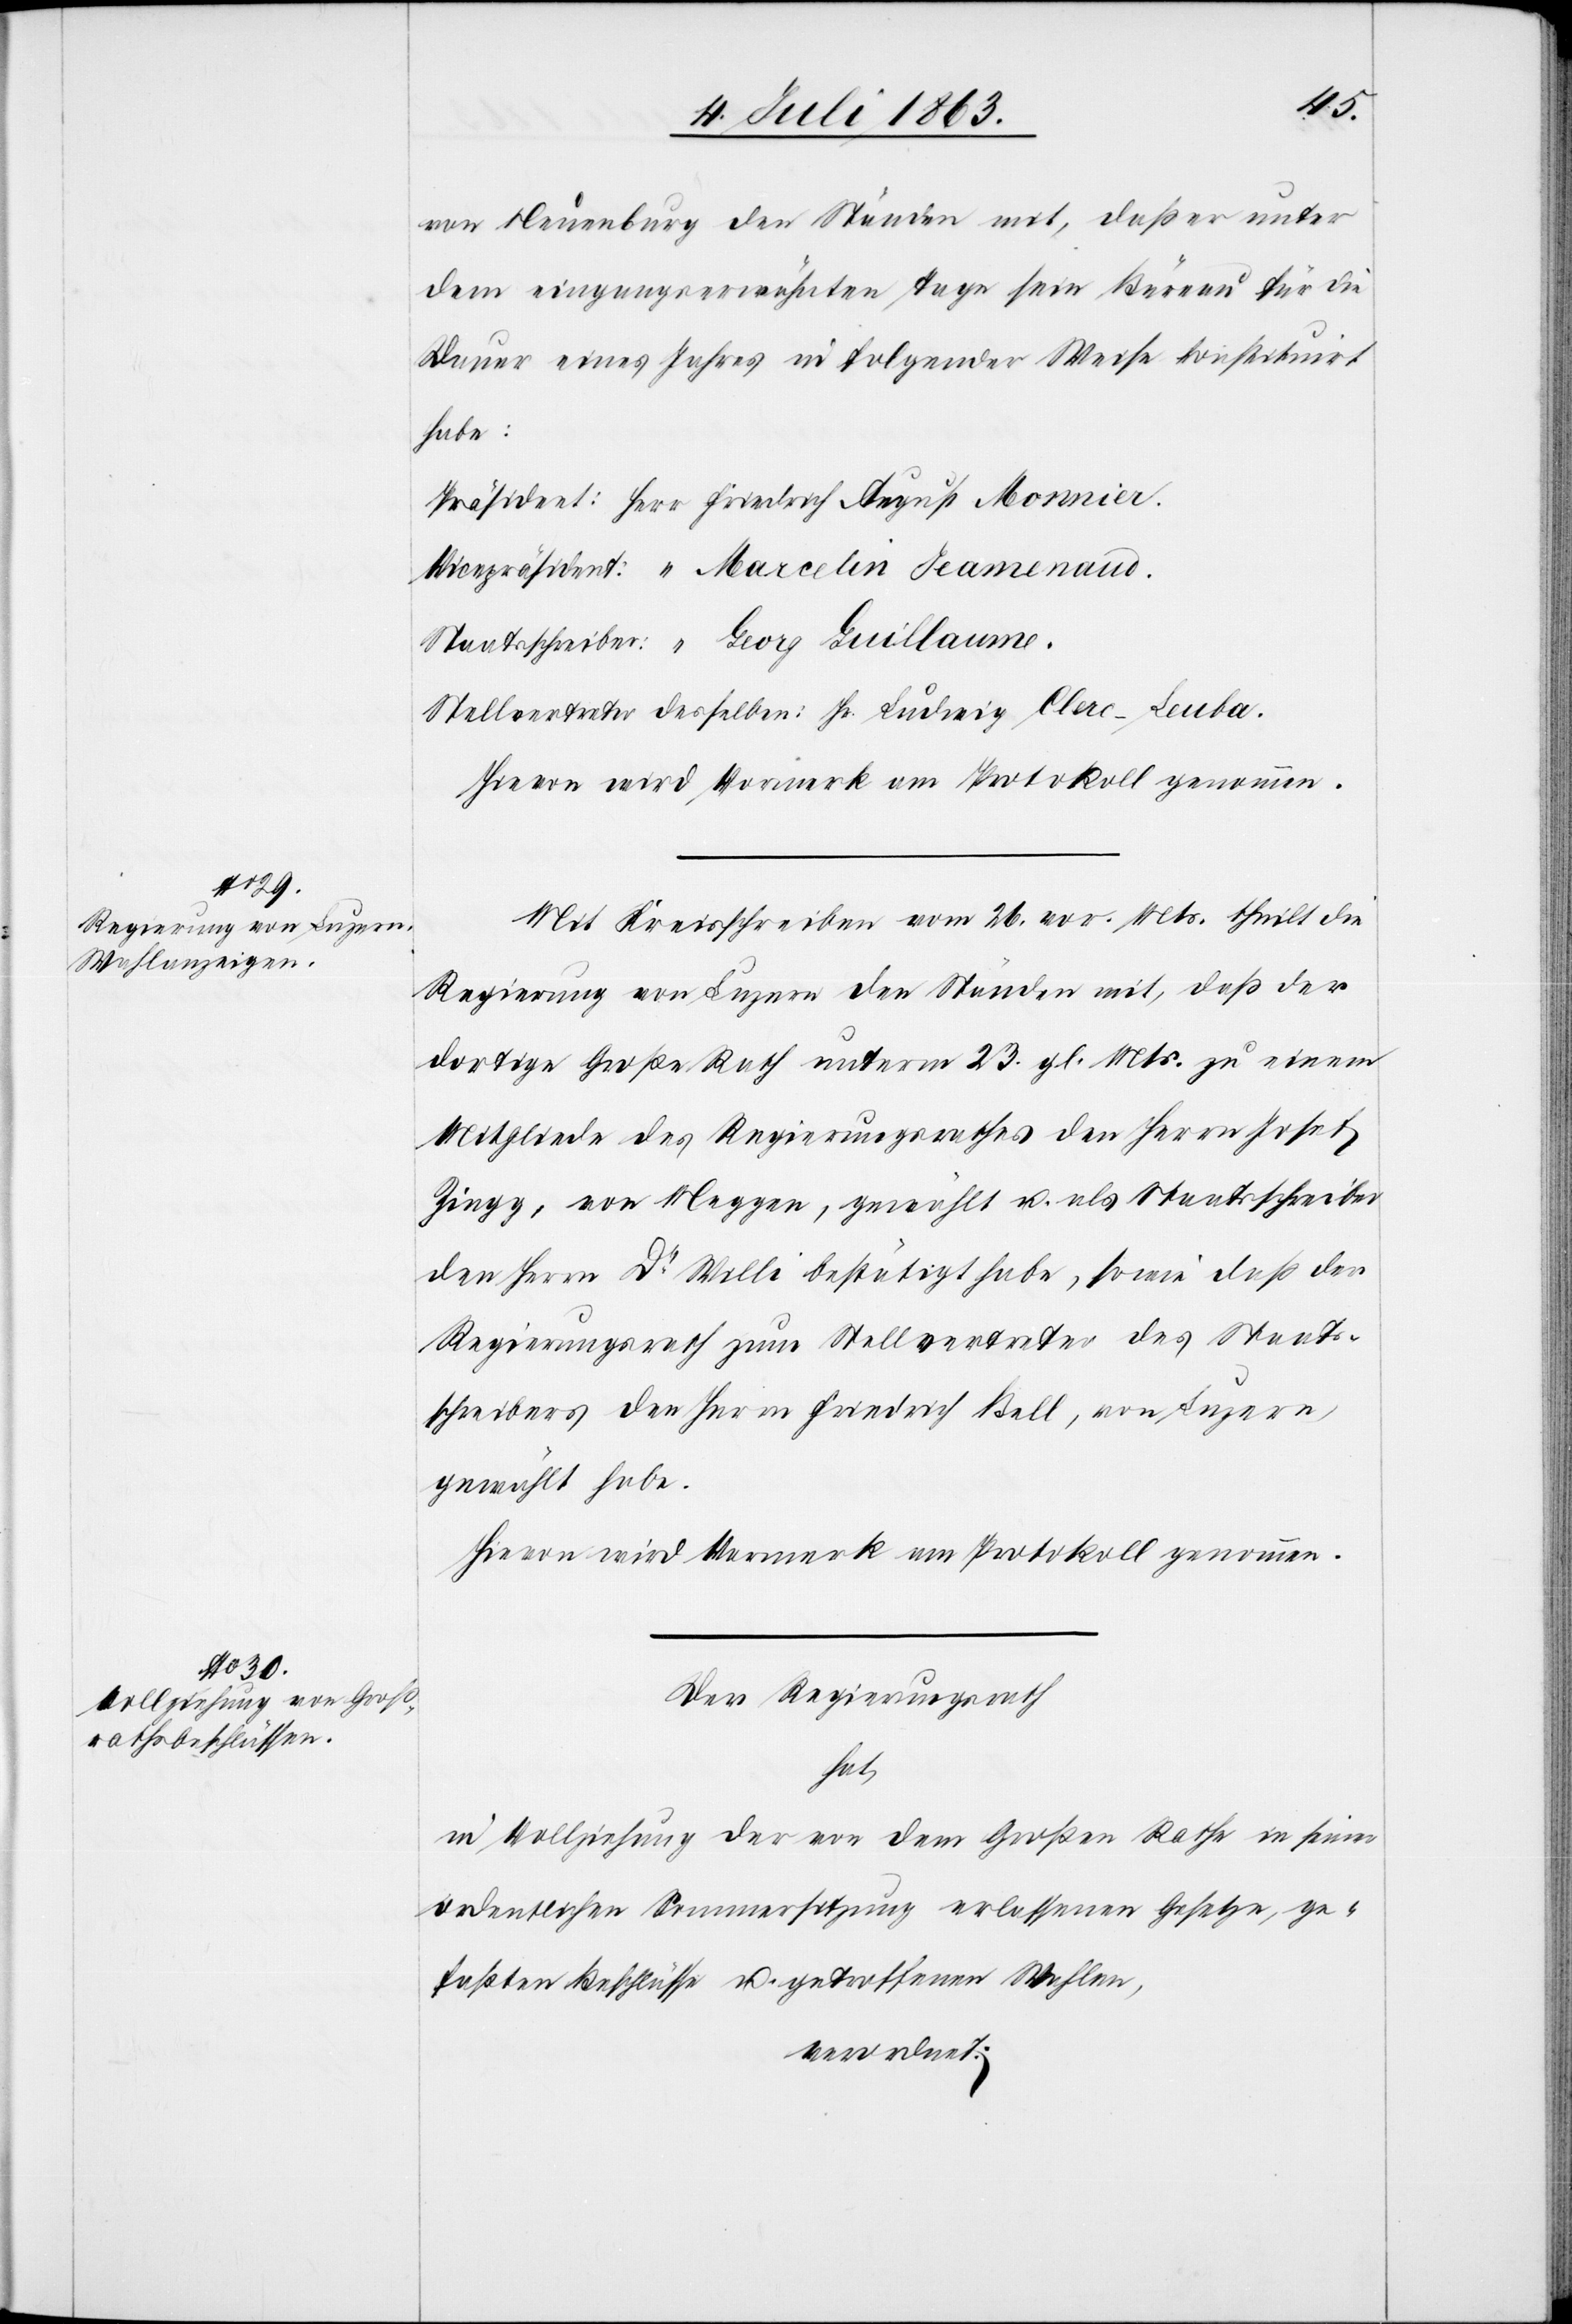
von Neuenburg den Ständen mit, daß er unter
dem eingangserwähnten Tage sein Büreau für die
Dauer eines Jahres in folgender Weise konstituirt
habe.
Präsident:	Herr Friedrich August Monnier.
Vicepräsident:	“	 Marcelin Jeamenaud.
Staatsschreiber:	“	 Georg Guillaume.
Stellvertreter desselben: Hr. Ludwig Clerc-Leuba.
Hievon wird Vormerk am Protokoll genommen.
Mit Kreisschreiben vom 26. vor. Mts. theilt die
Regierung von Luzern den Ständen mit, daß der
dortige Große Rath unterm 23. gl. Mts. zu einem
Mitgliede des Regierungsrathes den Herrn Josef
Zingg, von Meggen, gewählt u. als Staatsschreiber
den Herrn Dr Willi bestätigt habe, sowie daß der
Regierungsrath zum Stellvertreter des Staats¬
schreibers den Herrn Friedrich Bell, von Luzern,
gewählt habe.
Hievon wird Vormerk am Protokoll genommen.
Der Regierungsrath
hat,
in Vollziehung der von dem Großen Rathe in seiner
ordentlichen Sommersitzung erlassenen Gesetze, ge¬
faßten Beschlüsse u. getroffenen Wahlen,
verordnet: